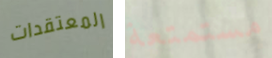
المعتقدات مستمتعة